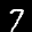
Label: 7